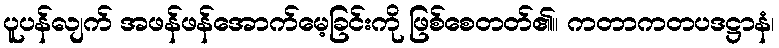
ပူပန်လျက် အဖန်ဖန်အောက်မေ့ခြင်းကို ဖြစ်စေတတ်၏။ ကတာကတပဒဋ္ဌာနံ၊